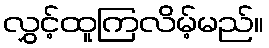
လွှင့်ထူကြလိမ့်မည်။